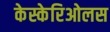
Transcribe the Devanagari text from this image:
केस्केरिओलस